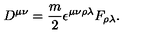
D ^ { \mu \nu } = { \frac { m } { 2 } } \epsilon ^ { \mu \nu \rho \lambda } F _ { \rho \lambda } .